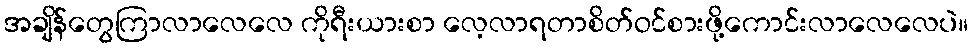
အချိန်တွေကြာလာလေလေ ကိုရီးယားစာ လေ့လာရတာစိတ်ဝင်စားဖို့ကောင်းလာလေလေပဲ။